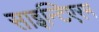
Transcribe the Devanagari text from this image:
साइन्टिएरम